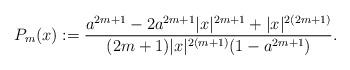
LaTeX: \begin{align*}P_m(x):=\frac{a^{2m+1}-2a^{2m+1} |x|^{2m+1} +|x|^{2(2m+1)} }{(2m+1) |x|^{2(m+1)}(1-a^{2m+1}) } .\end{align*}